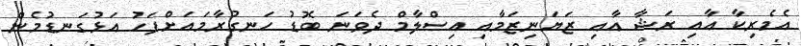
އެމެރިކާ އާއި ރަޝާ އާއި ޒަޔަނިޒަމާއި އިސްލާމް ދެވަނަ ބޮޑު ހަނގުރާމައަށްފަހު އަޅުގަނޑުމެން